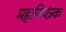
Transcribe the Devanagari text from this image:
महानियंत्रक